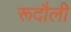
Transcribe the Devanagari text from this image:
रूदौली